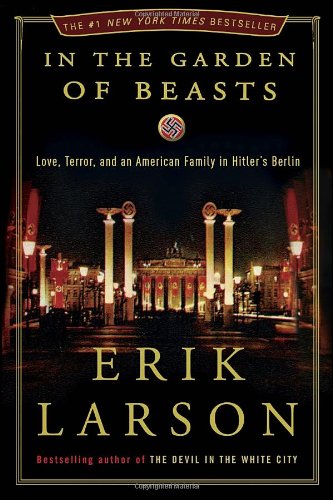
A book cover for In the Garden of Beasts: Love, Terror, and an American Family in Hitler's Berlin; Erik Larson; Biographies & Memoirs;